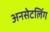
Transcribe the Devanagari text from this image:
अनसेटलिंग